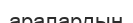
аралардың